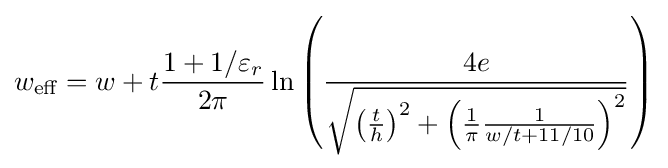
w_{\textrm {eff}}=w+t{\frac {1+1/\varepsilon _{r}}{2\pi }}\ln \left({\frac {4e}{\sqrt {\left({\frac {t}{h}}\right)^{2}+\left({\frac {1}{\pi }}{\frac {1}{w/t+11/10}}\right)^{2}}}}\right)